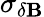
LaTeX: \sigma_{\delta\mathbf{B}}